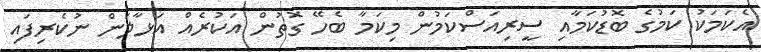
އެކަމަކު ކަމުގެ ބޮޑުކަމާއި ސީރިއަސްކަމުން މިކަމާ ބެހޭ ގޮތުން އަކުރެއް އަޅާލަން ނުކެރިފައި